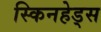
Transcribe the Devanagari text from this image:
स्किनहेड्स